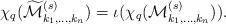
LaTeX: \begin{align*}\chi_{q}(\widetilde{\mathcal M}_{k_{1},\ldots,k_{n}}^{(s)})=\iota(\chi_{q}(\mathcal{M}_{k_{1},\ldots,k_{n}}^{(s)})).\end{align*}